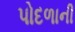
પોદળાની